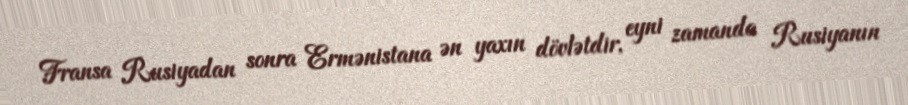
Fransa Rusiyadan sonra Ermənistana ən yaxın dövlətdir, eyni zamanda Rusiyanın